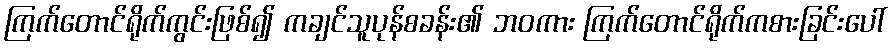
ကြက်တောင်ရိုက်ကွင်းဖြစ်၍ ကချင်သူပုန်စခန်း၏ ဘဝကား ကြက်တောင်ရိုက်ကစားခြင်းပေါ်